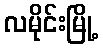
လမိုင်းမြို့